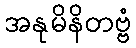
အနုမိနိတဗ္ဗံ